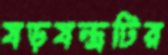
ষড়যন্ত্রটির